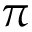
\pi